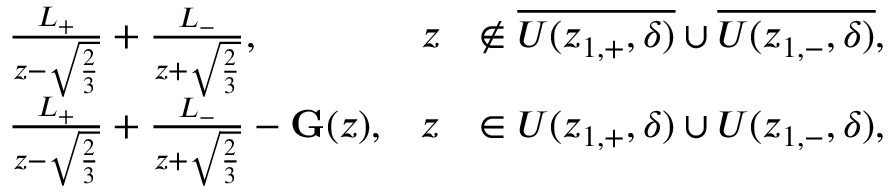
\begin{array} { r l r l } & { \frac { L _ { + } } { z - \sqrt { \frac { 2 } { 3 } } } + \frac { L _ { - } } { z + \sqrt { \frac { 2 } { 3 } } } , } & { z } & { \notin \overline { { U ( z _ { 1 , + } , \delta ) } } \cup \overline { { U ( z _ { 1 , - } , \delta ) } } , } \\ & { \frac { L _ { + } } { z - \sqrt { \frac { 2 } { 3 } } } + \frac { L _ { - } } { z + \sqrt { \frac { 2 } { 3 } } } - \mathbf { G } ( z ) , } & { z } & { \in U ( z _ { 1 , + } , \delta ) \cup U ( z _ { 1 , - } , \delta ) , } \end{array}